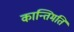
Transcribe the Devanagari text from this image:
कान्तिमति